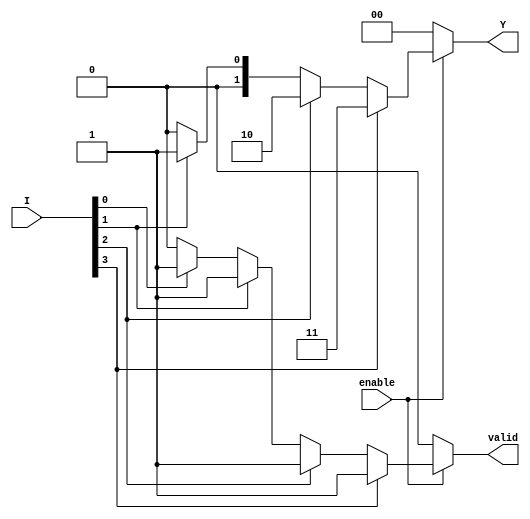
module encoder_1_of_N (
    input wire [3:0] I,        // 4 input lines
    input wire enable,         // Enable signal
    output reg [1:0] Y,        // 2 output lines
    output reg valid           // Output valid signal
);

    always @(*) begin
        if (!enable) begin
            Y = 2'b00;         // Set outputs to low when not enabled
            valid = 1'b0;      // Output is not valid
        end else begin
            valid = 1'b1;      // Output is valid
            case (1'b1)       // Priority encoding
                I[3]: Y = 2'b11; // Highest priority
                I[2]: Y = 2'b10;
                I[1]: Y = 2'b01;
                I[0]: Y = 2'b00;
                default: begin
                    Y = 2'b00;  // Default case when no inputs are high
                    valid = 1'b0; // No valid output if no inputs are high
                end
            endcase
        end
    end
endmodule